Paatsalu_vallavalitsus, lk 28
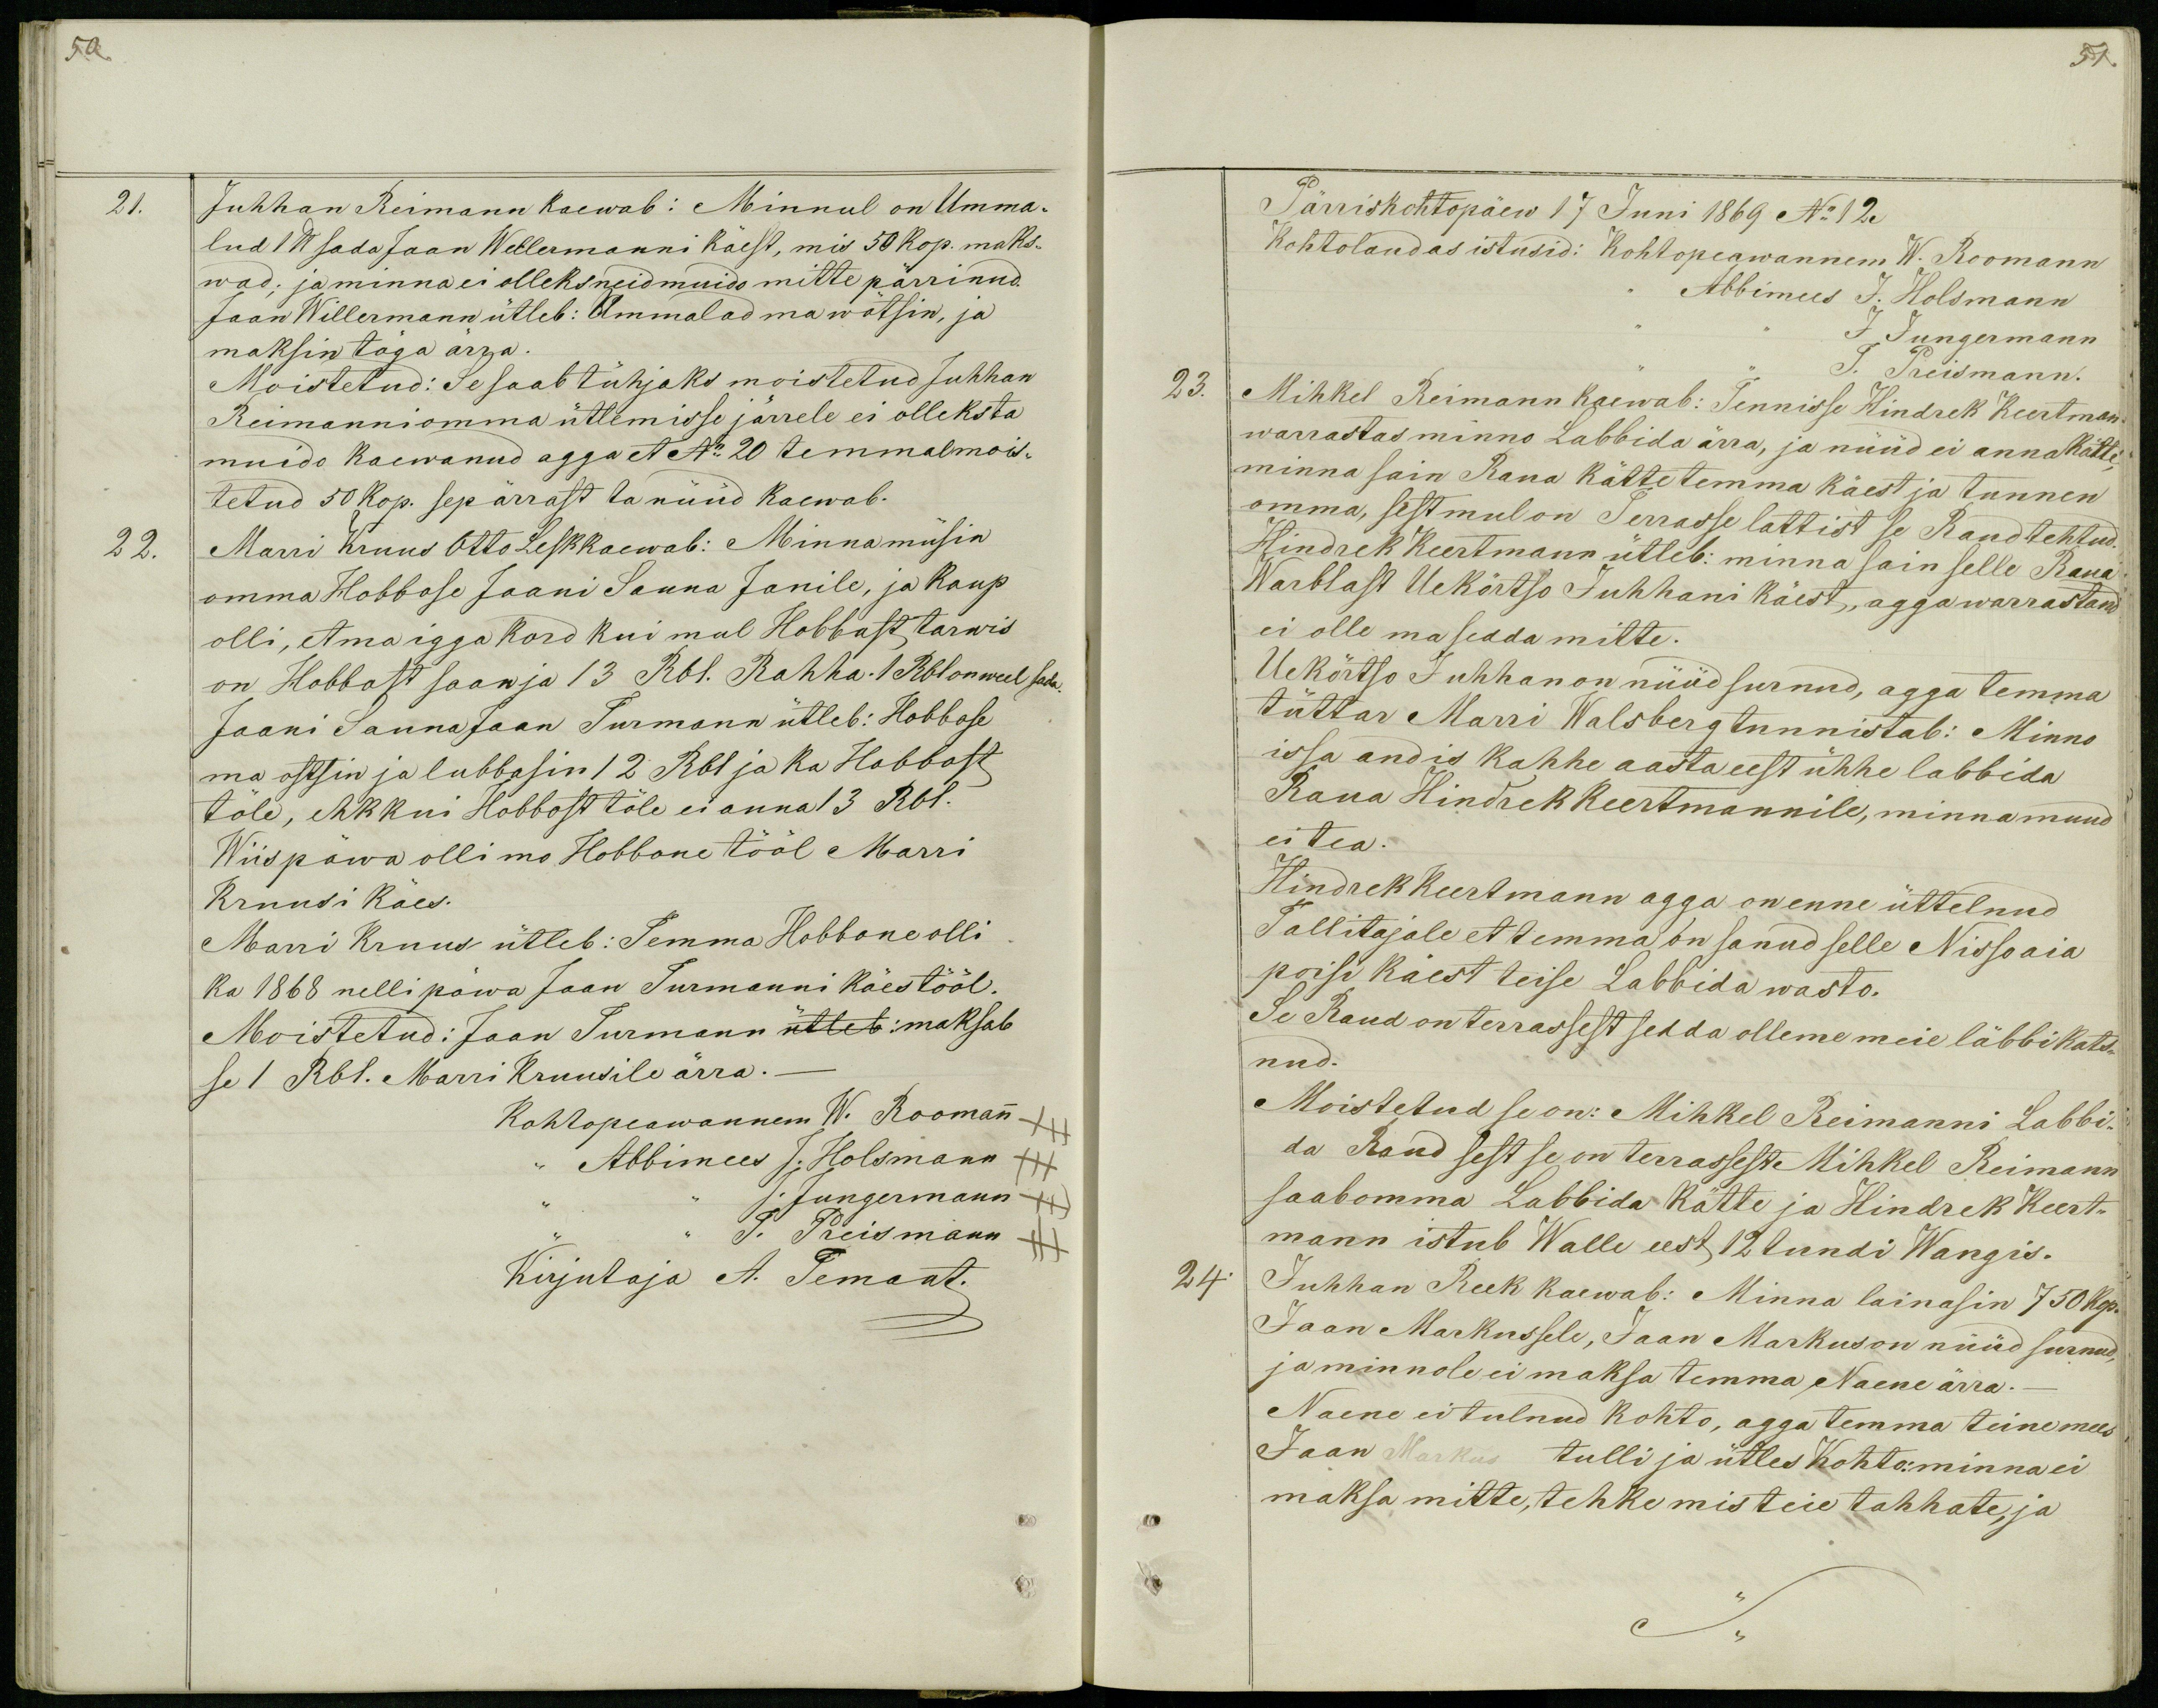
50.

21.
Juhhan Reimann kaewab: Minnul on Umma-
lud 1lb sada Jaan Wellermanni käest, mis 50 kop. maks-
wad. ja minna ei olleks neid muido mitte pärrinud.
Jaan Willermann ütleb: Ummalad ma wõtsin, ja
maksin töga ärra.
Moistetud: Se saab tühjaks moistetud Juhhan
Reimanni omma ütlemisse järrele ei olleks ta
muido kaewanud agga et No 20 temmalmois-
tetud 50 kop. sepärrast ta nüüd kaewab.
22.
Marri Kruus Otto Lesk kaewab: Minna müsin
omma Hobbose Jaani Sauna Janile, ja kaup
olli, et ma igga kord kui mul Hobbust tarwis
on Hobbost saan ja 13 Rbl. Rahha .1 Rbl on weel sada.
Jaani Sauna Jaan Turmann ütleb: Hobbose
ma ostsin ja lubbasin 12 Rbl ja ka Hobbost
töle, ehk kui Hobbost töle ei anna 13 Rbl.
Wiis päwa olli mo Hobbone tööl Marri
Kruusi käes.
Marri Kruus ütleb: Temma Hobbone olli
ka 1868 nelli päwa Jaan Turmanni käes tööl.
Moistetud: Jaan Turmann ütleb: maksab
se 1 Rbl. Marri Kruusile ärra._
Kohtopeawannem W. Roomann +++
,, Abbimees J. Holsmann +++
J. Jungermann ++
J. Preismann +++
Kirjutaja A. Temant.

51.
Pärriskohtopäew 17 Juni 1869 No 12.
Kohtolaudas istusid: Kohtopeawannem W. Roomann
,, Abbimees J. Holsmann
J. Jungermann
J. Preismann.
23.
Mihkel Reimann kaewab: Tennisse Hindrek Keertman
warrastas minno Labbida ärra, ja nüüd ei anna kätte,
minna sain Raua kätte temma käest ja tunnen
omma, sest mul on Terrasse lattist se Raud tehtud.
Hindrek Keertmann ütleb: minna sain selle Raua
Warblast Uekörtso Juhhani käest, agga warrastand
ei olle ma sedda mitte.
Uekõrtso Juhhan on nüüd surnud, agga temma
tüttar Marri Walsberg tunnistab: Minno
issa andis kahhe aasta eest ühhe labbida
Raua Hindrek Keertmannile, minna muud
ei tea.
Hindrek Keertmann agga on enne üttelnud
Tallitajale et temma on sanud selle Nisso aia
poisi käest teise Labbida wasto.
Se Raud on terrassest sedda olleme meie läbbi kats-
nud.
Moistetud se on: Mihkel Reimanni Labbi-
da Raud sest se on terrassest Mihkel Reimann
saab omma Labbida kätte ja Hindrek Keert-
mann istub Walle eest 12 tundi Wangis.
24.
Juhhan Reek kaewab: Minna lainasin 750 kop.
Jaan Markussele, Jaan Markus on nüüd surnud,
ja minnole ei maksa temma Naene ärra._
Naene ei tulnud kohto, agga temma teine mees
Jaan Markus tulli ja ütles kohto: minna ei
maksa mitte, tehke mis teie tahhate, ja